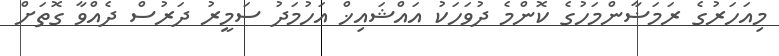
މިއަހަރުގެ ރަމަޟާންމަހުގެ ކޮންމެ ދުވަހަކު އައްޝައިޚް އަހުމަދު ސަމީރު ދަރުސް ދެއްވާ ގޮތަށް